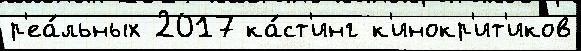
р'еа́льных 2017 ка́ст'инг к'инокр'ит'иков